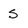
Character: S